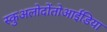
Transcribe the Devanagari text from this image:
स्कुअलोदोंतोआईडिया